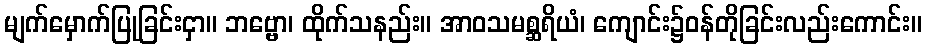
မျက်မှောက်ပြုခြင်းငှာ။ ဘဗ္ဗော၊ ထိုက်သနည်း။ အာဝသမစ္ဆရိယံ၊ ကျောင်း၌ဝန်တိုခြင်းလည်းကောင်း။